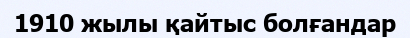
1910 жылы қайтыс болғандар